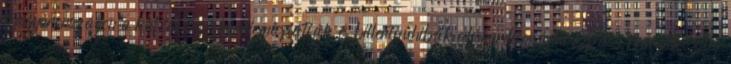
Magyarországon a különböző kardiomiopátiák és billentyűhibák echokardiográfiai képét. Nemzetközileg